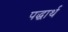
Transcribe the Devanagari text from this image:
पद्धार्थ